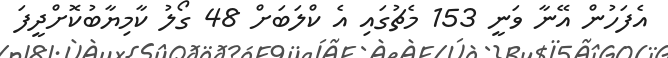
އެފަހުން އޭނާ ވަނީ 153 މެޗުގައި އެ ކްލަބަށް 48 ގޯލު ކާމިޔާބުކޮށްދީފަ